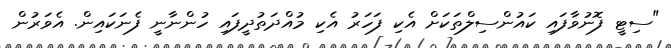
"ސިޓީ ފޮނުވާފައި ކައުންސިލްތަކަށް އެކި ފަހަރު އެކި މުއްދަތުދީފައި ހުންނާނީ ފެނަކައިން. އެވަރުން